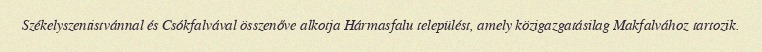
Székelyszentistvánnal és Csókfalvával összenőve alkotja Hármasfalu települést, amely közigazgatásilag Makfalvához tartozik.